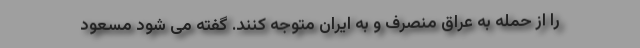
را از حمله به عراق منصرف و به ایران متوجه کنند. گفته می شود مسعود